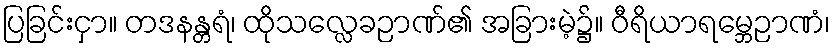
ပြခြင်းငှာ။ တဒနန္တရံ၊ ထိုသလ္လေခဉာဏ်၏ အခြားမဲ့၌။ ဝီရိယာရမ္ဘေဉာဏံ၊